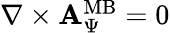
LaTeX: \begin{array}{r}{\nabla\times{\mathbf A}_{\Psi}^{\mathrm{MB}}=0}\end{array}